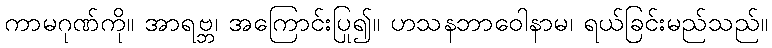
ကာမဂုဏ်ကို။ အာရဗ္ဘ၊ အကြောင်းပြု၍။ ဟသနဘာဝေါနာမ၊ ရယ်ခြင်းမည်သည်။